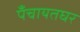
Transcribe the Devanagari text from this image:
पँचायतघर